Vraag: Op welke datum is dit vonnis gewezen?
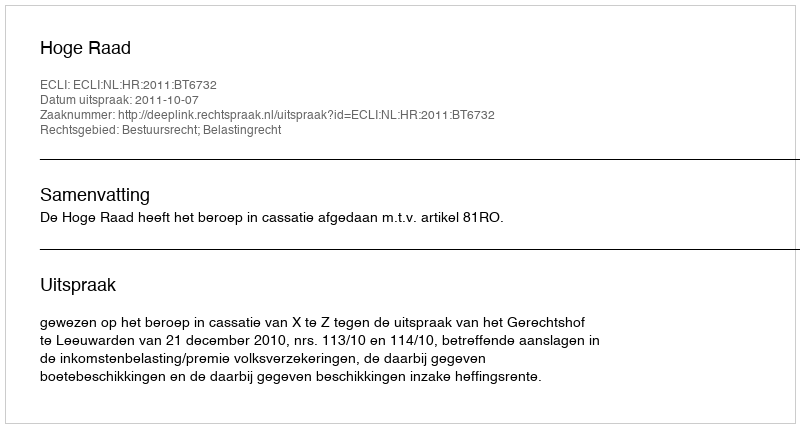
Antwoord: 2011-10-07